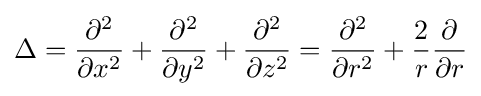
\Delta ={\frac {\partial ^{2}}{\partial x^{2}}}+{\frac {\partial ^{2}}{\partial y^{2}}}+{\frac {\partial ^{2}}{\partial z^{2}}}={\frac {\partial ^{2}}{\partial r^{2}}}+{\frac {2}{r}}{\frac {\partial }{\partial r}}